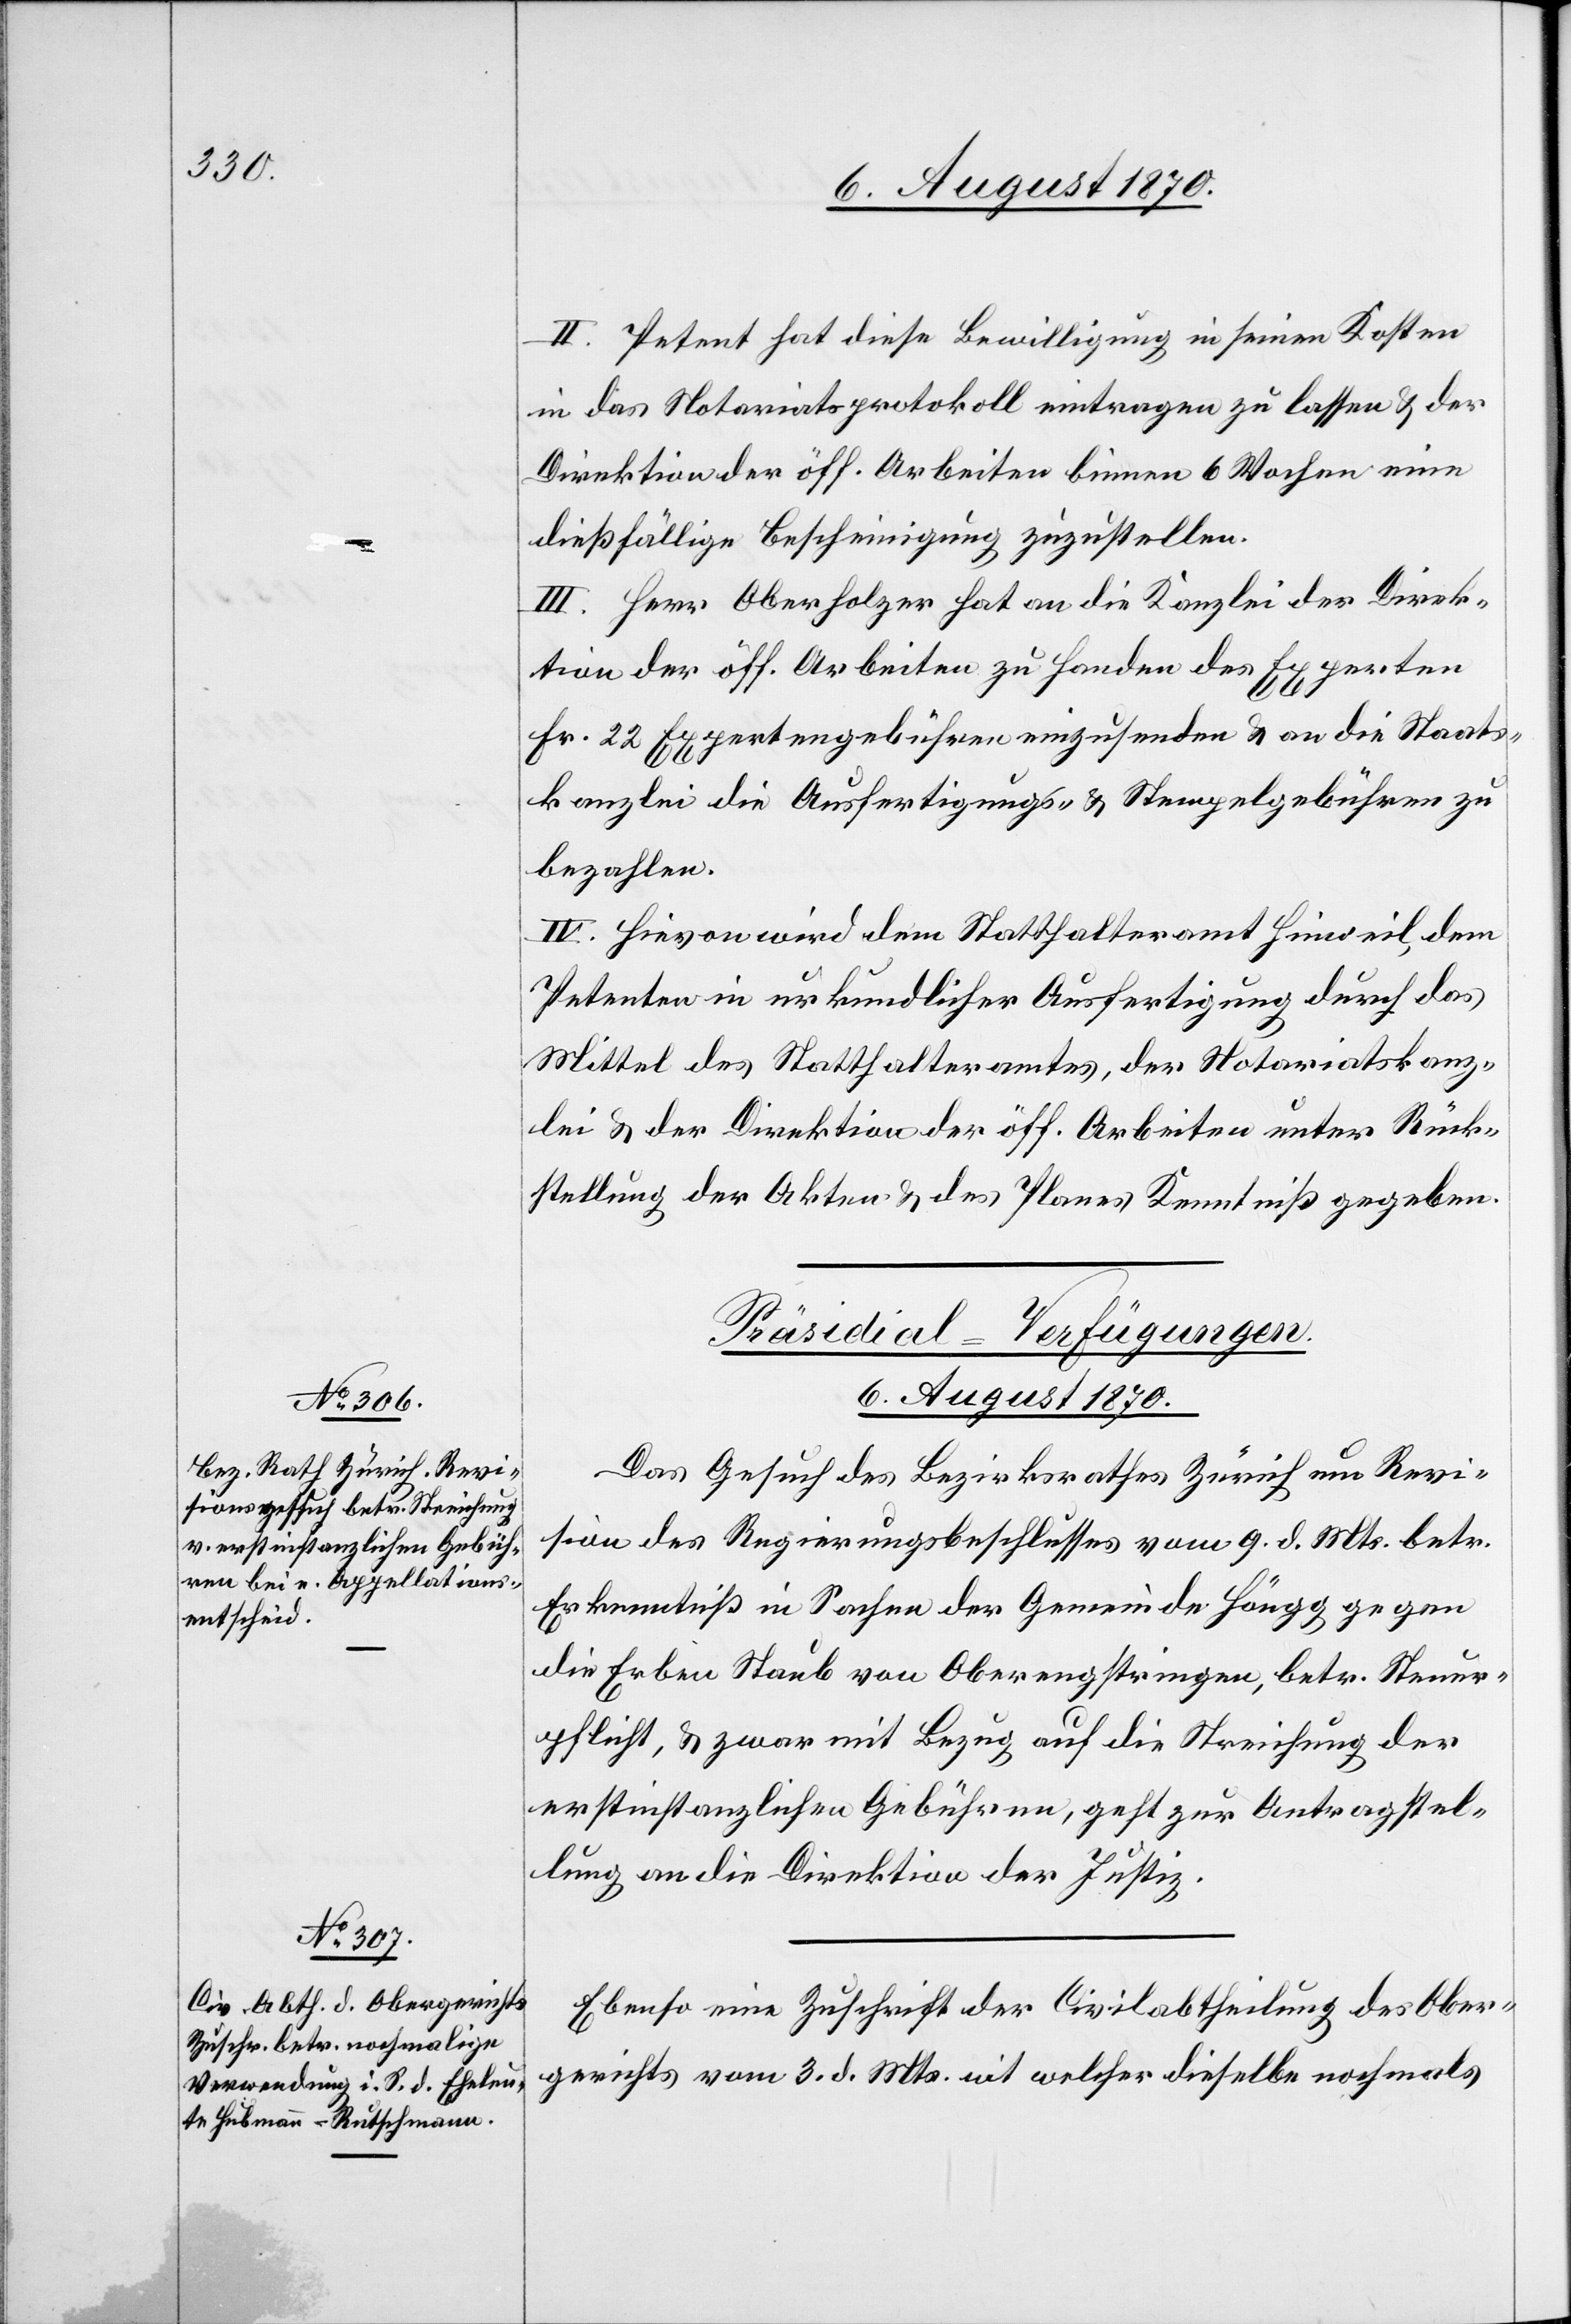
II. Petent hat diese Bewilligung in seinen Kosten
in das Notariatsprotokoll eintragen zu lassen & der
Direktion der öff. Arbeiten binnen 6 Wochen eine
dießfällige Bescheinigung zuzustellen.
III. Herr Oberholzer hat an die Kanzlei der Direk¬
tion der öff. Arbeiten zu Handen des Experten
Fr. 22 Expertengebühren einzusenden & an die Staats¬
kanzlei die Ausfertigungs- & Stempelgebühren zu
bezahlen.
IV. Hievon wird dem Statthalteramt Hinweil, dem
Petenten in urkundlicher Ausfertigung durch das
Mittel des Statthalteramtes, der Notariatskanz¬
lei & der Direktion der öff. Arbeiten unter Rück¬
stellung der Akten & des Planes Kenntniß gegeben.
[Präsidial-Verfügungen.
6. August 1870.]
Das Gesuch des Bezirksrathes Zürich um Revi¬
sion des Regierungsbeschlusses vom 9. d. Mts. betr.
Erkenntniß in Sachen der Gemeinde Höngg gegen
die Erben Staub von Oberengstringen, betr. Steuer¬
pflicht, & zwar mit Bezug auf die Streichung der
erstinstanzlichen Gebühren, geht zur Antragstel¬
lung an die Direktion der Justiz.
Ebenso eine Zuschrift der Civilabtheilung des Ober¬
gerichtes vom 3. d. Mts. mit welcher dieselbe nochmals